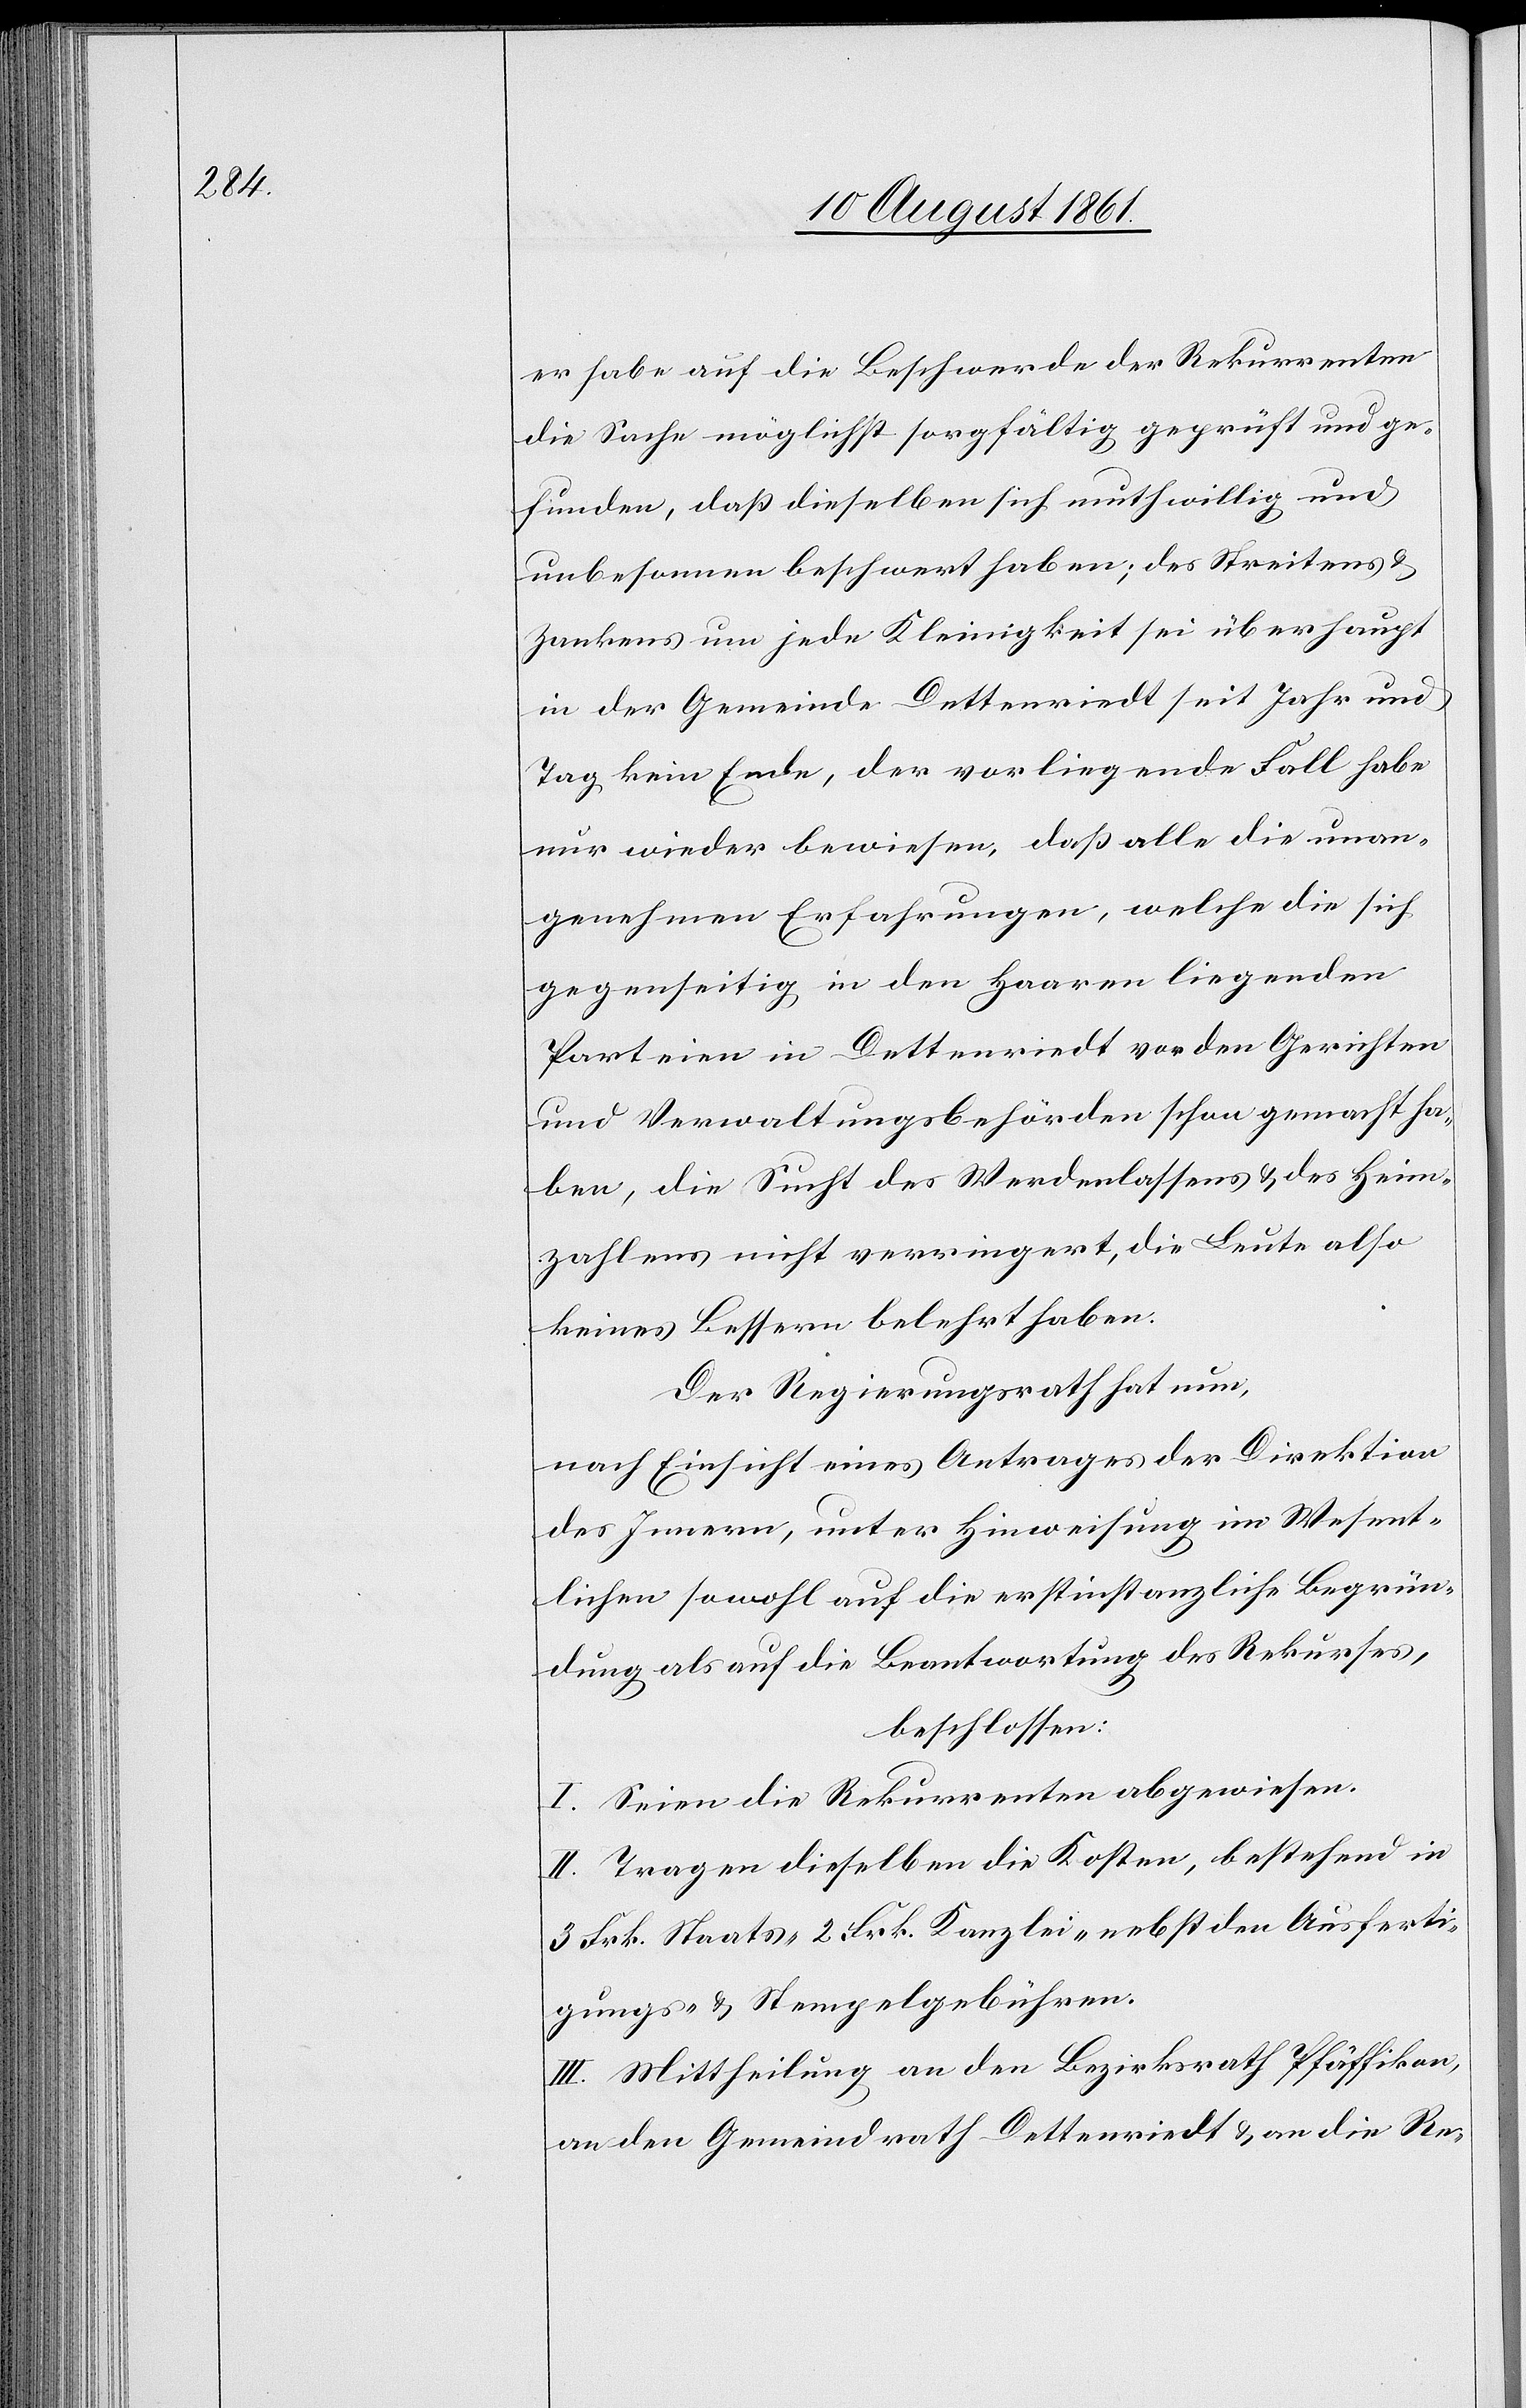
er habe auf die Beschwerde der Rekurrenten
die Sache möglichst sorgfältig geprüft und ge¬
funden, daß dieselben sich muthwillig und
unbesonnen beschwert haben; des Streitens u.
Zankens um jede Kleinigkeit sei überhaupt
in der Gemeinde Dettenriedt seit Jahr und
Tag kein Ende, der vorliegende Fall habe
nur wieder bewiesen, daß alle die unan¬
genehmen Erfahrungen, welche die sich
gegenseitig in den Haaren liegenden
Parteien in Dettenriedt vor den Gerichten
und Verwaltungsbehörden schon gemacht ha¬
ben, die Sucht des Werdenlassens u. des Heim¬
zahlens nicht verringert, die Leute als
keines Bessern belehrt haben.
Der Regierungsrath hat nun,
nach Einsicht eines Antrages der Direktion
des Innern, unter Hinweisung im Wesent¬
lichen sowohl auf die erstinstanzliche Begrün¬
dung als auf die Beantwortung des Rekurses,
beschlossen:
I. Seien die Rekurrenten abgewiesen.
II. Tragen dieselben die Kosten, bestehend in
3 Frk. Staats-[,] 2 Frk. Kanzlei-[,] nebst den Ausferti¬
gungs- u. Stempelgebühren.
III. Mittheilung an den Bezirksrath Pfäffikon,
an den Gemeindrath Dettenriedt u. an die Re-